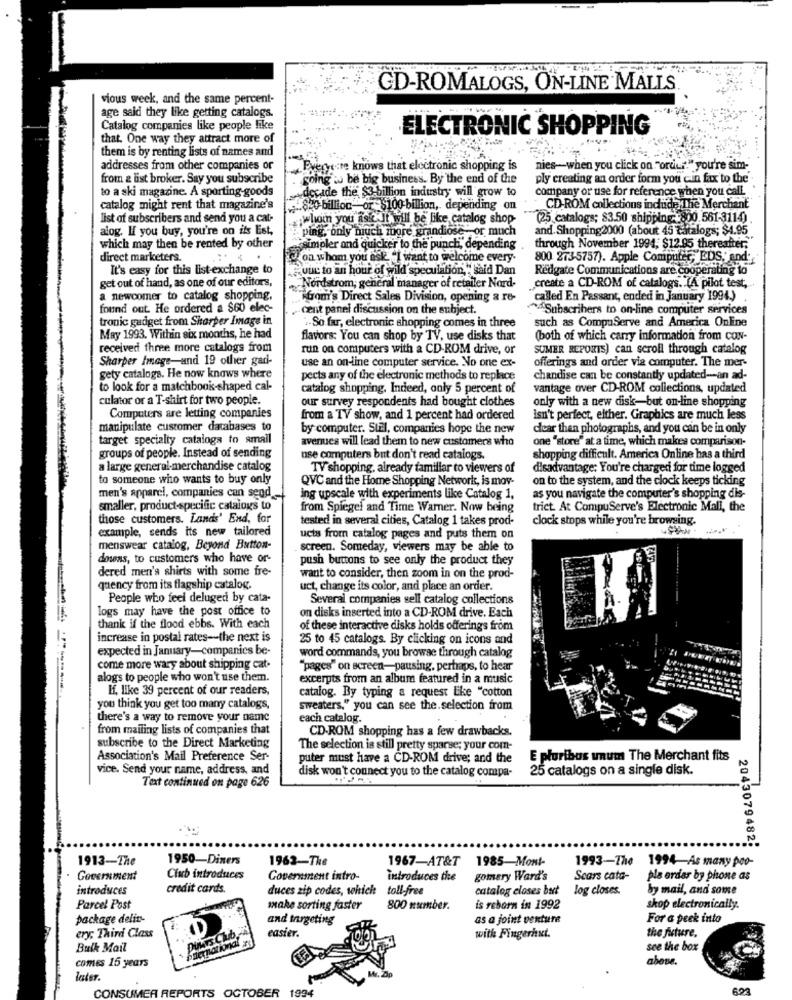
CD-ROMALOGS, ON-LINE MALLS
vious week, and the same percent-
age said they like getting catalogs.
Catalog companies like people like
ELECTRONIC SHOPPING
that. One way they attract more of
them is by renting lists of names and
addresses from other companies or
Byeryere knows that electronic shopping is
nies-when you click on "order." you're sim-
from & list broker. Say you subscribe
going : be big business. By the end of the
ply creating an order form you cin fax to the
to a ski magazine. A sporting goods
decade the $3-billion industry will grow to
company or use for reference when you call.
catalog might rent that magazine's
$20-billion "or $100-billion, depending on
CD-ROM collections include The Merchant
list of subscribers and send you a cat-
whom you ask-It will be like catalog shop-
(25 catalogs; $3.50 shipping: 800.561-311-4)
alog. If you buy, you're on its Est,
ping, only much mugre grandiose or much
and. Shopping2000 (about 45 catalogs; $4.95
which may then be rented by other
simpler and quicker to the punch, depending
through November 1994, $12.95 thereafter;
direct marketers.
Con whom you ask "I want to welcome every-
800 273-5757). Apple Computer, EDS, and'
It's easy for this list-exchange to
¿uuc to an hour of wild speculation," said Dan
Redgate Communications are cooperating to
get out of hand, as one of our editors,
Nordstrom, general manager of retailer Nord-
create a CD-ROM of catalogs. (A pilot test,
a newcomer to catalog shopping,
from's Direct Sales Division, opening a re-
called En Passant, ended in January 1994.)
found out. He ordered a $60 elec-
cent panel discussion on the subject.
Subscribers to on-line computer services
tronic gadget from Sharper Image in
such as CompuServe and America Online
So far, electronic shopping comes in three
May 1993. Within six months, he had
flavors: You can shop by TV, use disks that
(both of which carry information from con-
received three more catalogs from
run on computers with a CD-ROM drive, or
SUMER REPORTS) can scroll through catalog
Sharper Image-and 19 other gad-
use an on-line computer service. No one ex-
offerings and order via computer. The mer-
gety catalogs. He now knows where
pects any of the electronic methods to replace
chandise can be constantly updated-an ad-
to look for a matchbook-shaped cal-
catalog shopping. Indeed, only 5 percent of
vantage over CD-ROM collections, updated
culator or a T-shirt for two people.
our survey respondents had bought clothes
only with a new disk-but on-line shopping
Computers are letting companies
from a TV show, and 1 percent had ordered
Isn't perfect, either. Graphics are much less
manipulate customer databases to
by computer. Still, companies hope the new
clear than photographs, and you can be in only
target specialty catalogs to amail
avenues will lead them to new customers who
one "store" at a time, which makes comparison-
groups of people. Instead of sending
use computers but don't read catalogs.
shopping difficult. America Online has a third
a large general-merchandise catalog
TV shopping, already familiar to viewers of
disadvantage: You're charged for time logged
to someone who wants to buy only
QVC and the Home Shopping Network, is mov-
on to the system, and the clock keeps ticking
men's apparel, companies can send -
ing upscale with experiments like Catalog 1,
as you navigate the computer's shopping dis-
smaller, product-specific catalogs to
from Spiegel and Time Warner. Now being
trict. At CompuServe's Electronic Mall, the
those customers. Lands' End, for
tested in several cities, Catalog 1 takes prod-
clock stops while you're browsing.
example, sends its new tailored
ucts from catalog pages and puts them on
menswear catalog, Beyond Button-
. screen. Someday, viewers may be able to
dosas, to customers who have or-
push buttons to see only the product they
dered men's shirts with some fre-
want to consider, then zoom in on the prod-
quency from its flagship catalog.
uct, change its color, and place an order.
People who feel deluged by cata-
Several companies sell catalog collections
logs may have the post office to
on disks inserted into a CD-ROM drive. Each
thank if the flood ebbs. With each
of these interactive disks holds offerings from
increase in postal rates -- the next is
25 to 45 catalogs. By clicking on icons and
expected in January-companies be-
word commands, you browse through catalog
come more wary about shipping cat-
"pages" on screen-pausing, perhaps, to hear
alogs to people who won't use them.
excerpts from an album featured in a music
If, like 39 percent of our readers,
catalog. By typing a request Like "cotton
you think you get too many catalogs,
Sweaters," you can see the.selection from
there's a way to remove your name
each catalog.
from mailing lists of companies that
CD-ROM shopping has a few drawbacks.
subscribe to the Direct Marketing
The selection is still pretty sparse; your com-
Association's Mail Preference Ser-
puter must have a CD-ROM drive; and the
E pluribus unut The Merchant fits
vice. Send your name, address, and
25 catalogs on a single disk.
Text continued on page 626
disk won't connect you to the catalog compa-
2043079482;
1913-The
1950-Diners
1963-The
1967-AT&T 1985-Mont-
1993-770
1994-As many poo-
Government
Club introduces
Governinent intro-
introduces the
gomary Ward's
Scars cata-
pla order by phone as
introduces
credit cards
duces zip codes, which toll-free
catalog closes but log closes.
by mail, and some
Parcel Post
make sorting faster
800 number.
is reborn in 1992
skop electronically.
package delin-
and targeting
as a joint venture
For & peek into
ery; Third Class
easier.
the future.
with Fingerhut.
Bulk Mail
see the box
comes 15 years
above.
later
CONSUMER REPORTS
OCTOBER 1994